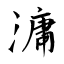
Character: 滽